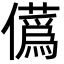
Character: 儰